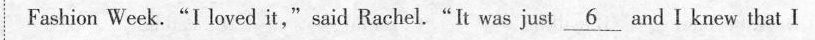
Fashion Week."I loved it," said Rachel."It was just _6_and I knew that I